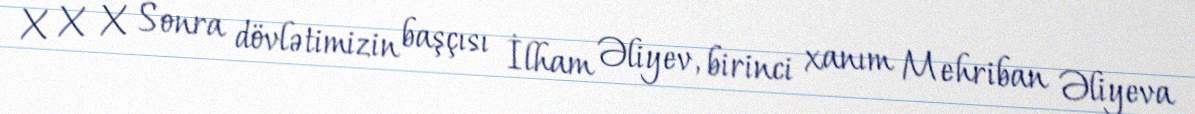
X X X Sonra dövlətimizin başçısı İlham Əliyev, birinci xanım Mehriban Əliyeva